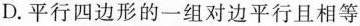
D. 平行四边形的一组对边平行且相等